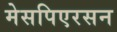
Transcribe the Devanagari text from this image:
मेसपिएरसन